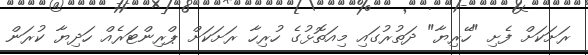
ރަށަކަށް ފެށި "ހޭރިޔާ" ދަތުރުގައި މިއަތޮޅުގެ ހުރިހާ ރަށަކަށް ޕްރިންޓަރެއް ހަދިޔާ ކުރަން